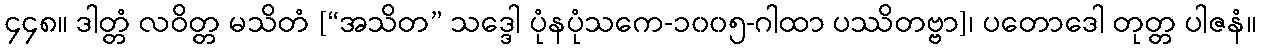
၄၄၈။ ဒါတ္တံ လဝိတ္တ မသိတံ [“အသိတ” သဒ္ဒေါ ပုံနပုံသကေ-၁၀၀၅-ဂါထာ ပဿိတဗ္ဗာ]၊ ပတောဒေါ တုတ္တ ပါဇနံ။